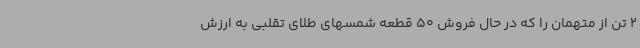
2 تن از متهمان را که در حال فروش 50 قطعه شمسهای طلای تقلبی به ارزش